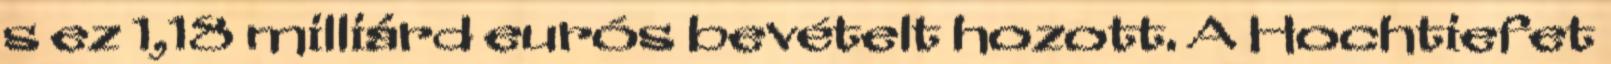
s ez 1,18 milliárd eurós bevételt hozott. A Hochtiefet